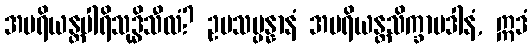
အပရိယန္တပါရိသုဒ္ဓိသီလံ? ဥပသမ္ပန္နာနံ အပရိယန္တသိက္ခာပဒါနံ, ဣဒံ